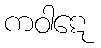
ကဝါဋေ